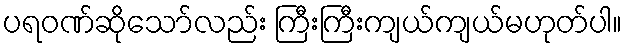
ပရဝဏ်ဆိုသော်လည်း ကြီးကြီးကျယ်ကျယ်မဟုတ်ပါ။